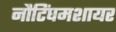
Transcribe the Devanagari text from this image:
नौटिंघमशायर